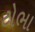
ટોભા